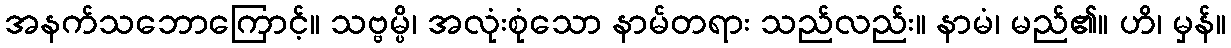
အနက်သဘောကြောင့်။ သဗ္ဗမ္ပိ၊ အလုံးစုံသော နာမ်တရား သည်လည်း။ နာမံ၊ မည်၏။ ဟိ၊ မှန်။